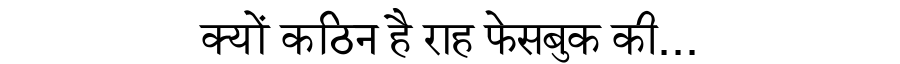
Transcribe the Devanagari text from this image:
क्यों कठिन है राह फेसबुक की...